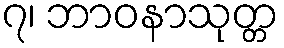
၇၊ ဘာဝနာသုတ္တ